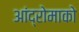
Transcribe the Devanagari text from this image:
आंद्रोमाको